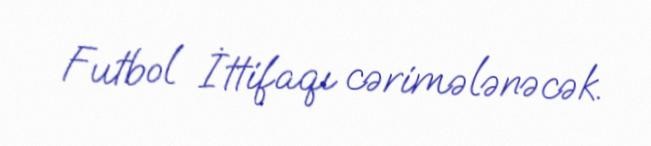
Futbol İttifaqı cərimələnəcək.